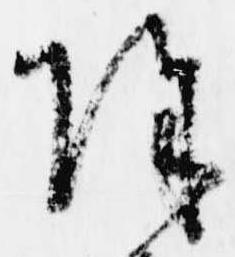
除